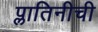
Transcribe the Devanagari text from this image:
प्लातिनीची